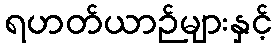
ရဟတ်ယာဉ်များနှင့်